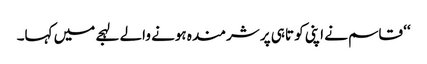
‘‘ قاسم نے اپنی کو تاہی پر شرمندہ ہونے والے لہجے میں کہا۔